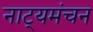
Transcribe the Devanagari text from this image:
नाट्यमंचन